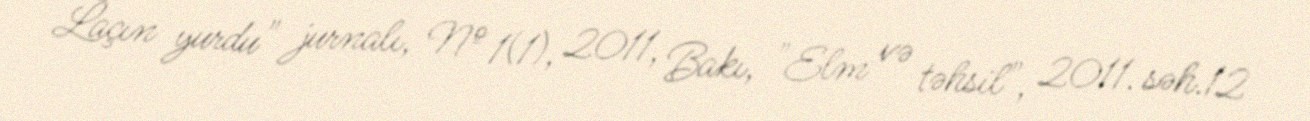
Laçın yurdu" jurnalı, № 1(1), 2011, Bakı, "Elm və təhsil", 2011. səh.12